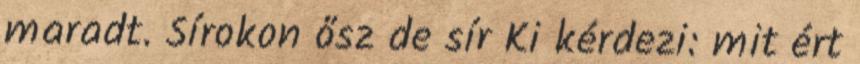
maradt. Sírokon ősz de sír Ki kérdezi: mit ért